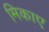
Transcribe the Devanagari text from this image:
मिकाए